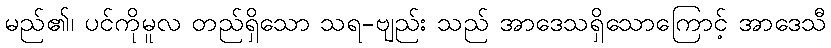
မည်၏၊ ပင်ကိုမူလ တည်ရှိသော သရ-ဗျည်း သည် အာဒေသရှိသောကြောင့် အာဒေသီ